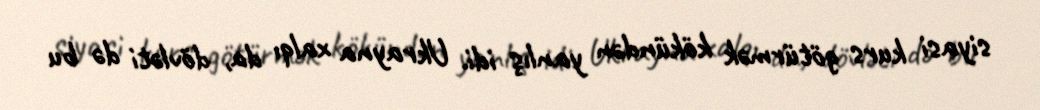
siyasi kurs götürmək kökündən yanlış idi. Ukrayna xalqı da, dövləti də bu